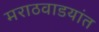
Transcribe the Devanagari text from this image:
मराठवाडयांत